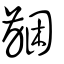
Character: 齫